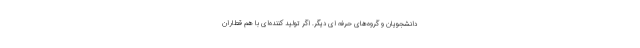
دانشجویان و گروه‌­های حرفه ای دیگر. اگر تولید کننده­‌ای با هم ­قطاران